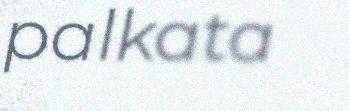
palkata